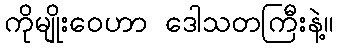
ကိုမျိုးဝေဟာ ဒေါသတကြီးနဲ့။